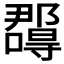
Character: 𭌉